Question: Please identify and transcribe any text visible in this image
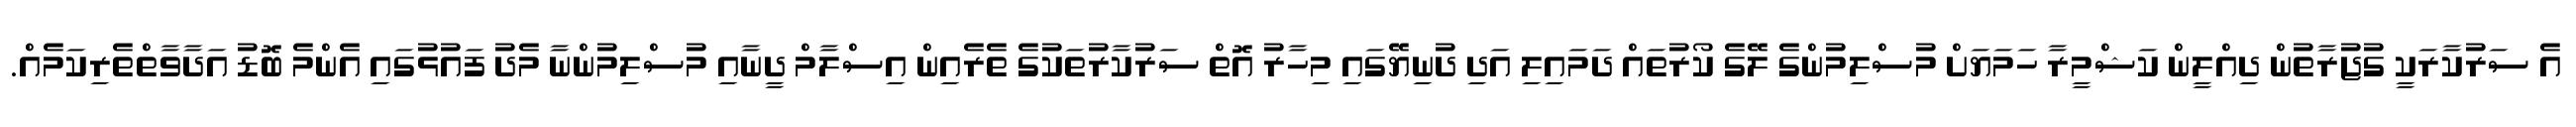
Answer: އެ ސަރުކާރަކީ ގުޖުރާތުން ދިއްލީން ކަޝްމީރާ ހަމަޔަށް މުސްލިމުންގެ ލޭގެ ކޯރުތައް ދަމައިލި އަދި ދުނިޔޭގައި މިހާރު އޮތް ސަރުކާރުތަކުގެ ތެރެއިން އިސްލާމް ދީނާއި މުސްލިމުންނާ މެދު ފައުޅުގައި އެންމެ ބޮޑު އަދާވާތްތެރިކަމެއް.